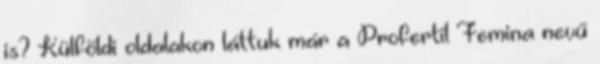
is? Külföldi oldalakon láttuk már a Profertil Femina nevű